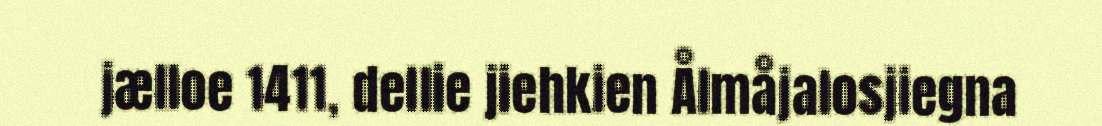
jælloe 1411, dellie jiehkien Ålmåjalosjiegna